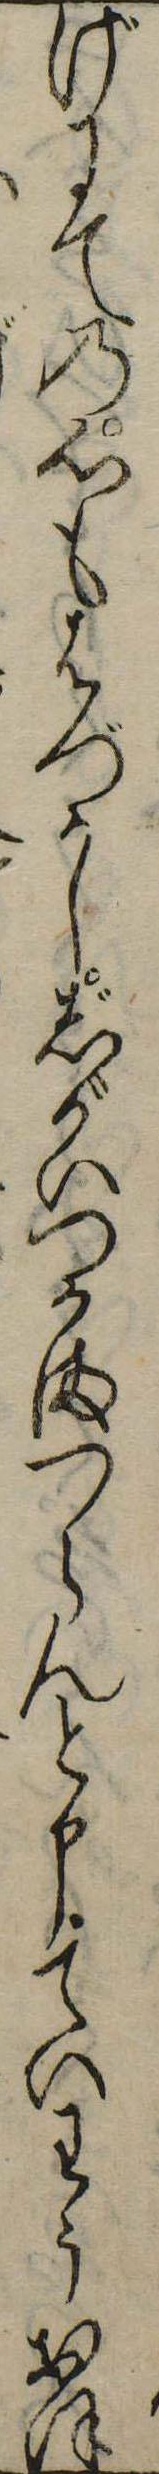
げにての心もはづかしじがいつかまつらんと申ていわうおほ